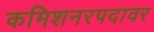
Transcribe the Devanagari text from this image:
कमिशनरपदावर